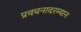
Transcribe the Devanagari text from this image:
प्रवचनादरम्यान